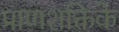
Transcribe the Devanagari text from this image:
प्राणशक्तिके